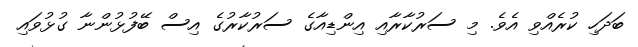
ބަދަހި ކުރެއްވި އެވެ. މި ސަރުކާރާއި އިންޑިއާގެ ސަރުކާރުގެ އިސް ބޭފުޅުންނާ ގުޅުވައި